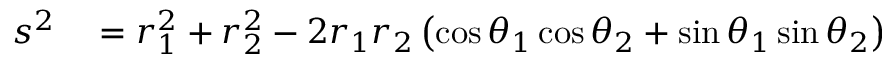
\begin{array} { r l } { s ^ { 2 } } & { { } = r _ { 1 } ^ { 2 } + r _ { 2 } ^ { 2 } - 2 r _ { 1 } r _ { 2 } \left( \cos \theta _ { 1 } \cos \theta _ { 2 } + \sin \theta _ { 1 } \sin \theta _ { 2 } \right) } \end{array}